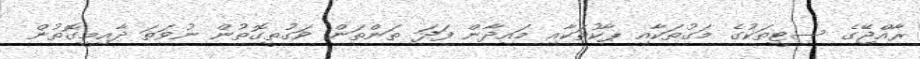
ރާއްޖޭގެ ސިޓީތަކުގެ މަގުތަކާއި ޕާކުތަކާއި މައިދާން ފަދަ ތަންތަން ވަގުތީގޮތުން ނުވަތަ ދާއިމީގޮތުން